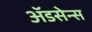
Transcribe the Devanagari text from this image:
ॲडसेन्स